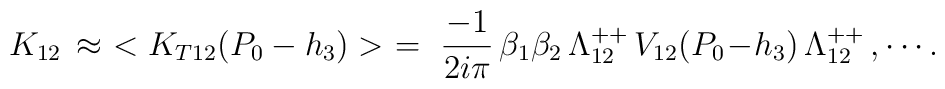
K_{12}\,\approx\,\,<K_{T12}(P_0-h_3)>\,\,=\,\,{-1\over2i\pi}\,\beta_1\beta_2\,\Lambda^{++}_{12}\,V_{12}(P_0\!-\!h_3)\,\Lambda^{++}_{12}\,,\cdots .